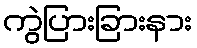
ကွဲပြားခြားနား